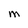
Character: M